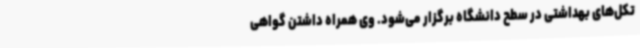
تکل‌های بهداشتی در سطح دانشگاه برگزار می‌شود. وی همراه داشتن گواهی